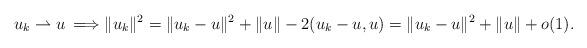
LaTeX: \begin{align*}u_{k}\rightharpoonup u\:\Longrightarrow\|u_{k}\|^{2}=\|u_{k}-u\|^{2}+\|u\|-2(u_k-u,u)=\|u_{k}-u\|^{2}+\|u\|+o(1).\end{align*}